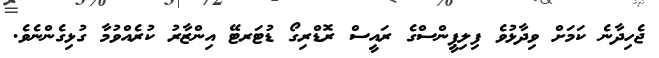
ޖެހިދާނެ ކަމަށް ވިދާޅުވެ ފިލިޕީންސްގެ ރައީސް ރޮޑްރިގޯ ޑުޓަރޓޭ އިންޒާރު ކުރެއްވުމާ ގުޅިގެންނެވެ.